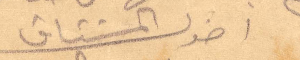
اخوك المشتاق